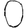
Digit: 0